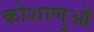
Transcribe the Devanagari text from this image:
कोशाणुओं